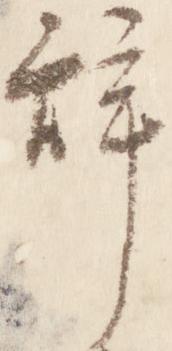
辞